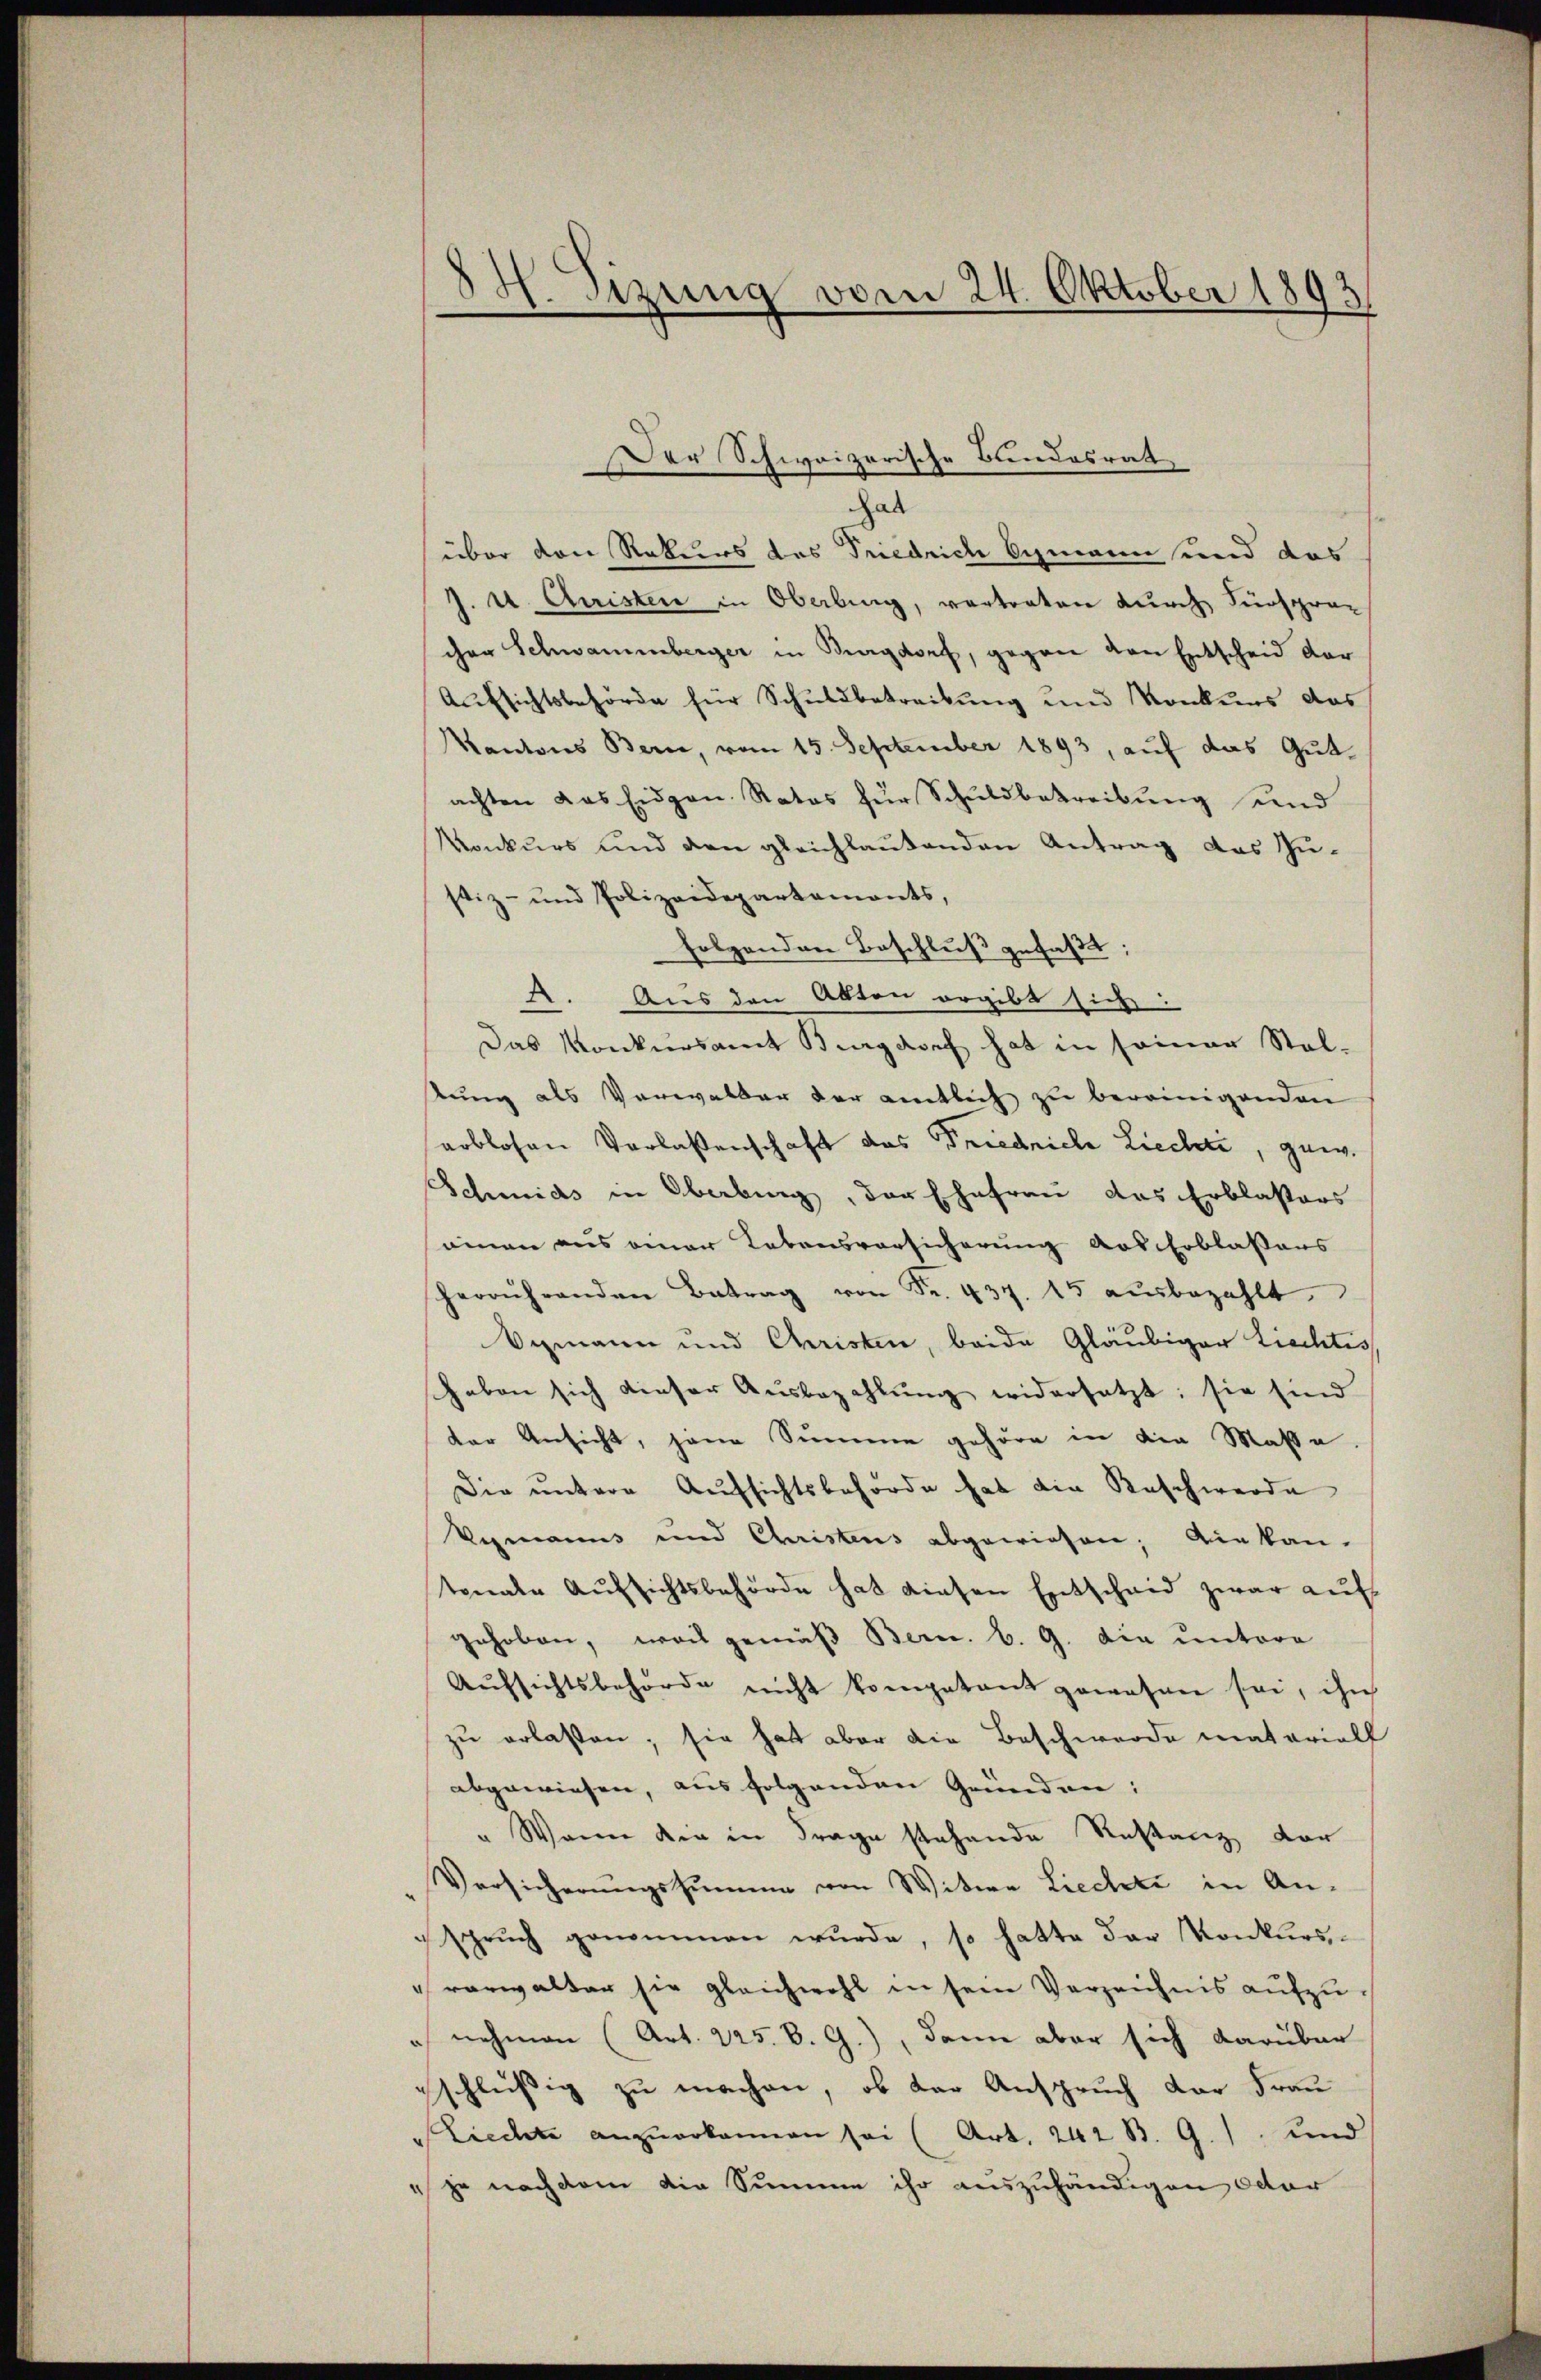
84. Sizung vom 24. Oktober 1893

al
über von Rekurs des Friedrich bemann und das
J. U. Christen in Oberling, vertraten durch Fürspracher Schwammberger in Burgdorf, gegen den Entscheid der
Aufsichtsbehörde für Schuldbetreibung und Konkurs das
Kantons Bern, vom 15. September 1893, auf das Gutachten das Eidgen. Ratos für Schŭldbetreibŭng und
Konkurs und den gleichlautenden Antrag das Zustiz- und Polizeidepartements,
folgenden Beschluß gefaßt;
A. Aus den Akten ergibt sich:
Das Konkursamt Burgdorf hat in seiner Stelstung als Verwalber der amtlich zu bereinigenden
arblosen Verlassenschaft das Friedriche Liechti, gew.
Schmids in Oberbung, der Ehefrau das Erblassers
sammen aus einer Lebensvorsicherung aus Erblassers
herrührenden Betrag von Fr. 437. 15 aŭsbezahlt.
Vezmann und Christen, beide Gläubiger Liechtis
haben sich dieser Aŭsbezahlŭng widersetzt; sie sind
der Ansicht, jene Summe gehöre in die Masse
Die untere Aufsichtsbehörde hat die Beschwerde
Vegmanns und Christens abgewiesen; einkan-
tonale Aufsichtsbehörde hat diesen Entscheid zwar auf
gehoben, weis gemäß Bern. B. G. die untere
Aŭfsichtsbehörde nicht kompetent gewesen sei, ihn
zu erlassen; sie hat aber die Beschwerde materiell
abgewiesen, aus folgenden Gründen:
" Wenn die in Frage stehende Restanz vor
Versicherŭngssummen von Witwe Liechte in An-
sprŭch genommen wŭrde, so hatte das Konkursvorwalter sie gleichwohl in sein Verzeichnis aufzui nehmen (Art. 225. B. G.), dann aber sich darüber
gschlüßig zu machen, ob der Anspruch der Frau
Liechte anzuerkannen sei (Art. 242 B. G.), und
4 je nachdem die Summe ihr auszuhändigen oder

Der Schweizerische Bundesrath,